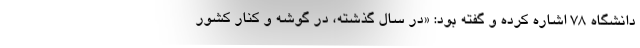
دانشگاه 78 اشاره کرده و گفته بود: «در سال گذشته، در گوشه و كنار كشور